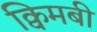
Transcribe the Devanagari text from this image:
क्विमबी